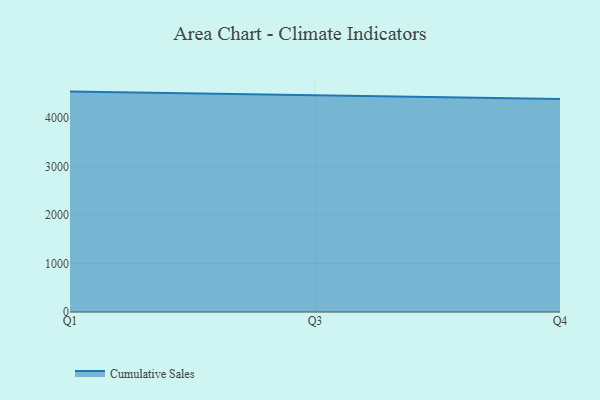
{"axis": {"x": "Quarter", "y": "Backlog"}, "legend": ["Cumulative Sales"], "data": [{"x": "Q1", "y": 4543.2, "type": "Cumulative Sales"}, {"x": "Q3", "y": 4463.3, "type": "Cumulative Sales"}, {"x": "Q4", "y": 4388.8, "type": "Cumulative Sales"}]}